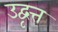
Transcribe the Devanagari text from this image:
उद्वृत्त